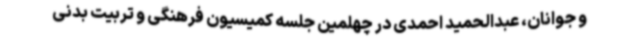
و جوانان، عبدالحمید احمدی در چهلمین جلسه کمیسیون فرهنگی و تربیت بدنی